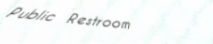
Public Restroom